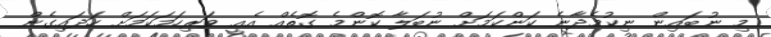
މި ނުބައިން ނިކުމެދާނެ ކަންކަމަށް ނުބަލާ ކޮންމެ ގޮތެއް އެއީ ވަރިހަމަކަމަށް ހަދައިގެން